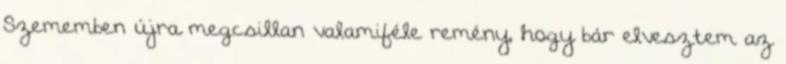
Szememben újra megcsillan valamiféle remény, hogy bár elvesztem az